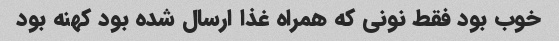
خوب بود فقط نونی که همراه غذا ارسال شده بود کهنه بود